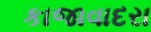
કાજાવાદરા